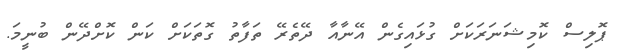
ޕޮލިސް ކޮމިޝަނަރަކަށް ގުޅައިގެން އޭނާއާ ދޭތެރޭ ތަފާތު ގޮތަކަށް ކަން ކޮށްދޭން ބުނީމަ.